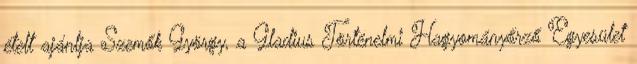
ételt ajánlja Szemők György, a Gladius Történelmi Hagyományőrző Egyesület